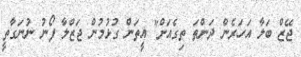
ޖޭޒް ބަލާ އަހަރެން ދަންތަ ތިގެއަށް" އީތަން ގުޅުމުން ޖަޒްލާ ފޯނު ނުނަގާތީ